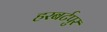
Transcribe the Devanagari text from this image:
हरबर्टपुर